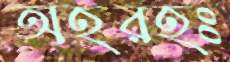
অহরহঃ